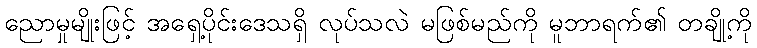
ညောမှုမျိုးဖြင့် အရှေ့ပိုင်းဒေသရှိ လုပ်သလဲ မဖြစ်မည်ကို မူဘာရက်၏ တချို့ကို